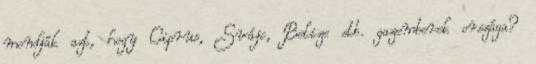
mondják azt, hogy Ciprus, Svájc, Belize stb. gazemberek országa?